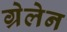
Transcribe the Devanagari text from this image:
ग्रेलेन